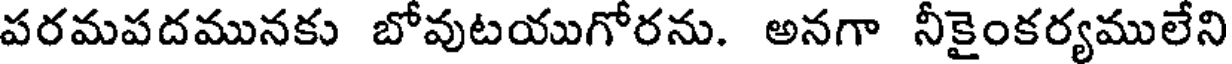
పరమపదమునకు బోవుటయుగోరను. అనగా నీకైంకర్యములేని